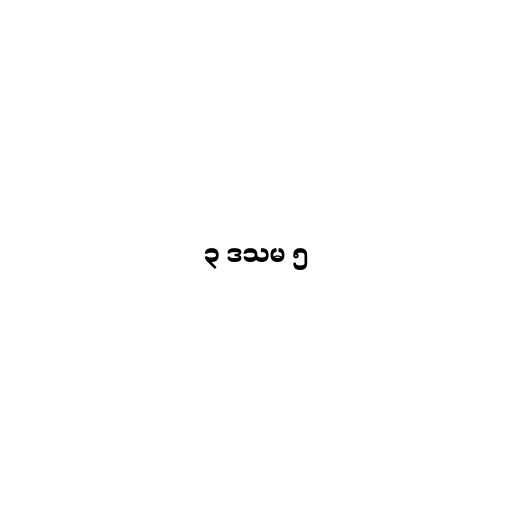
၃ ဒသမ ၅